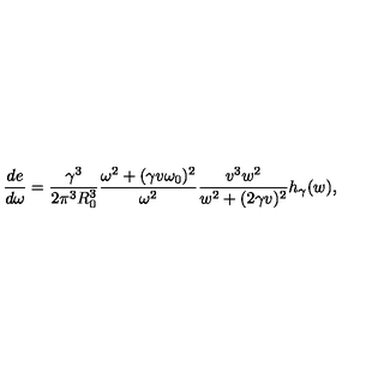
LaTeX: \frac { d e } { d \omega } = \frac { \gamma ^ { 3 } } { 2 \pi ^ { 3 } R _ { 0 } ^ { 3 } } \frac { \omega ^ { 2 } + ( \gamma v \omega _ { 0 } ) ^ { 2 } } { \omega ^ { 2 } } \frac { v ^ { 3 } w ^ { 2 } } { w ^ { 2 } + ( 2 \gamma v ) ^ { 2 } } h _ { \gamma } ( w ) ,